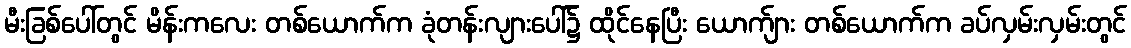
မီးခြစ်ပေါ်တွင် မိန်းကလေး တစ်ယောက်က ခုံတန်းလျားပေါ်၌ ထိုင်နေပြီး ယောက်ျား တစ်ယောက်က ခပ်လှမ်းလှမ်းတွင်